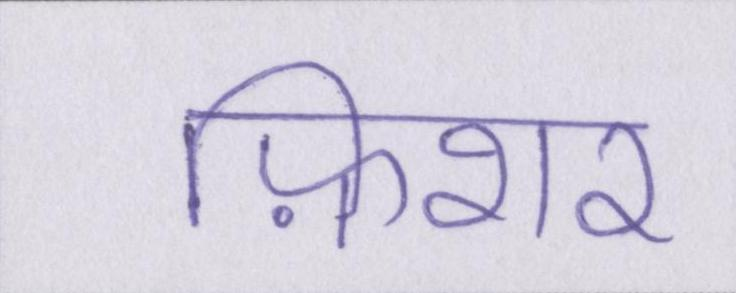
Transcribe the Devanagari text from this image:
फ़िशर